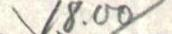
\18.00/